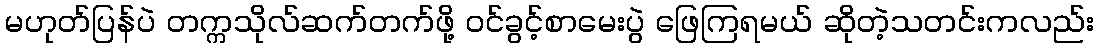
မဟုတ်ပြန်ပဲ တက္ကသိုလ်ဆက်တက်ဖို့ ဝင်ခွင့်စာမေးပွဲ ဖြေကြရမယ် ဆိုတဲ့သတင်းကလည်း